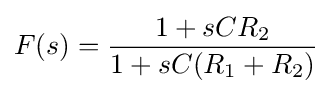
F(s)={\frac {1+sCR_{2}}{1+sC(R_{1}+R_{2})}}